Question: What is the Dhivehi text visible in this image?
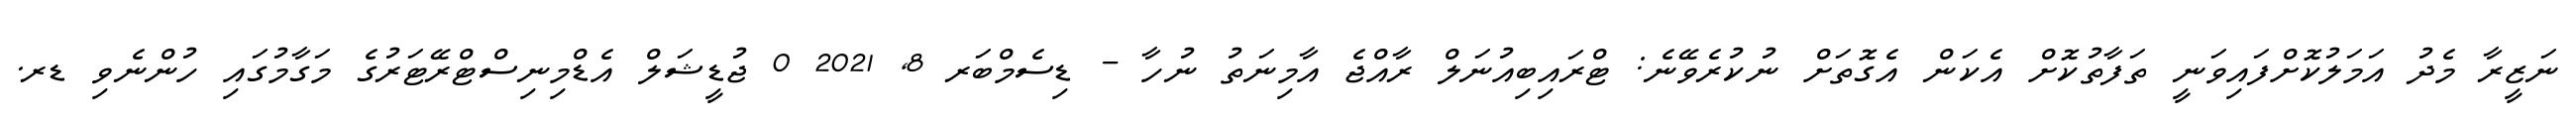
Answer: ނަޒީރާ މެދު އަމަލުކޮށްފައިވަނީ ތަފާތުކޮށް އެކަން އެގޮތަށް ނުކުރެވޭނެ: ޓްރައިބިއުނަލް ރާއްޖެ އާމިނަތު ނުހާ - ޑިސެމްބަރ 8, 2021 0 ޖުޑީޝަލް އެޑްމިނިސްޓްރޭޓަރުގެ މަގާމުގައި ހުންނެވި ޑރ.